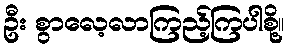
ဦး စွာလေ့လာကြည့်ကြပါစို့။